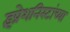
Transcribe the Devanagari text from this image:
इंप्रेशनिस्टांच्या